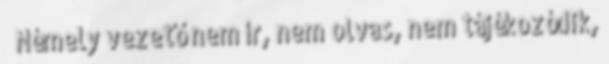
 Némely vezető nem ír, nem olvas, nem tájékozódik,